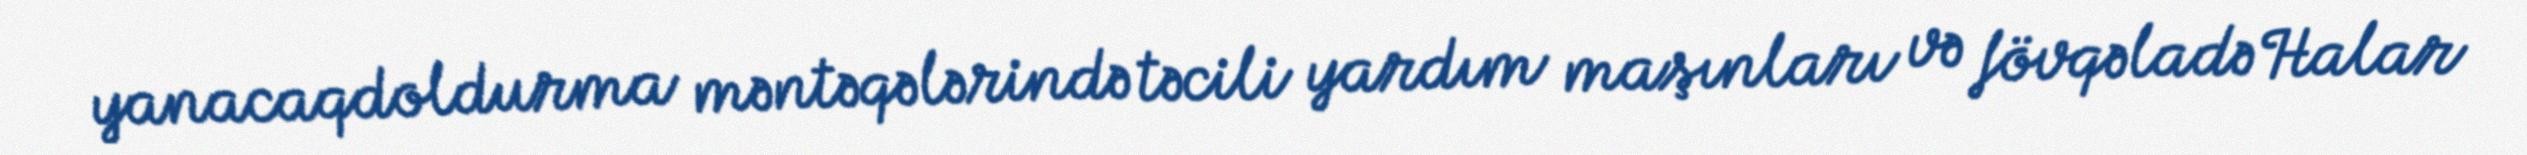
yanacaqdoldurma məntəqələrində təcili yardım maşınları və fövqəladə Halar